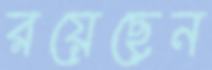
রয়েছেন